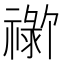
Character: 𬓗